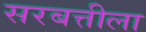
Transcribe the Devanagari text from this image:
सरबत्तीला